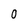
Character: 0